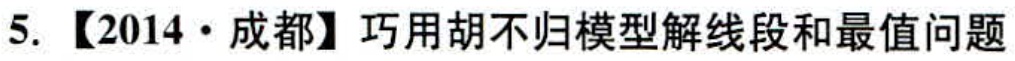
5.【2014·成都】巧用胡不归模型解线段和最值问题